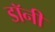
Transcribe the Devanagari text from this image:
डाॅनी